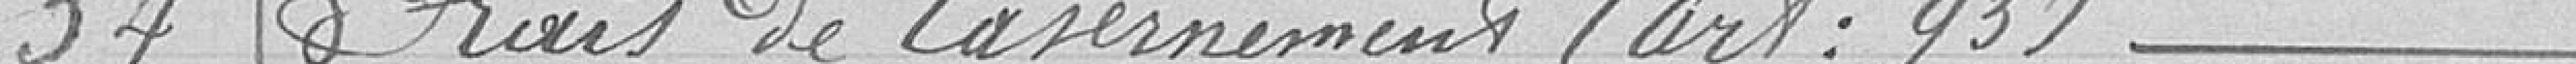
54 Frais de casernement (art : 93)